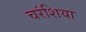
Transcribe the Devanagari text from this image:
चरंशिया